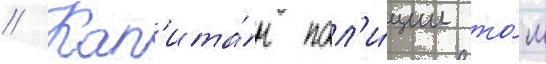
// Кап'ита́н пол'и́ции то́м